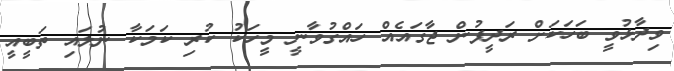
ވިދާޅުވީ ބަހަކަށް ރަދީފުން ޖާގައެއް ހައްގުވާނީ މީހަކު ކުރި ކަމަކާ ނުލައި ތަބީއީ